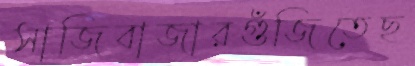
সাজিবাজারগুঁজিতেছ